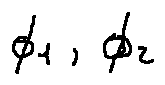
\phi _ { 1 } , \phi _ { 2 }